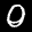
Label: 0